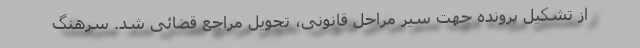
از تشکیل پرونده جهت سیر مراحل قانونی، تحویل مراجع قضائی شد. سرهنگ